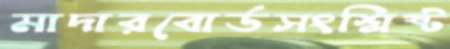
মাদারবোর্ডসংশ্লিষ্ট